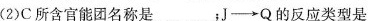
（2)C所含官能团名称是_；J-→Q的反应类型是